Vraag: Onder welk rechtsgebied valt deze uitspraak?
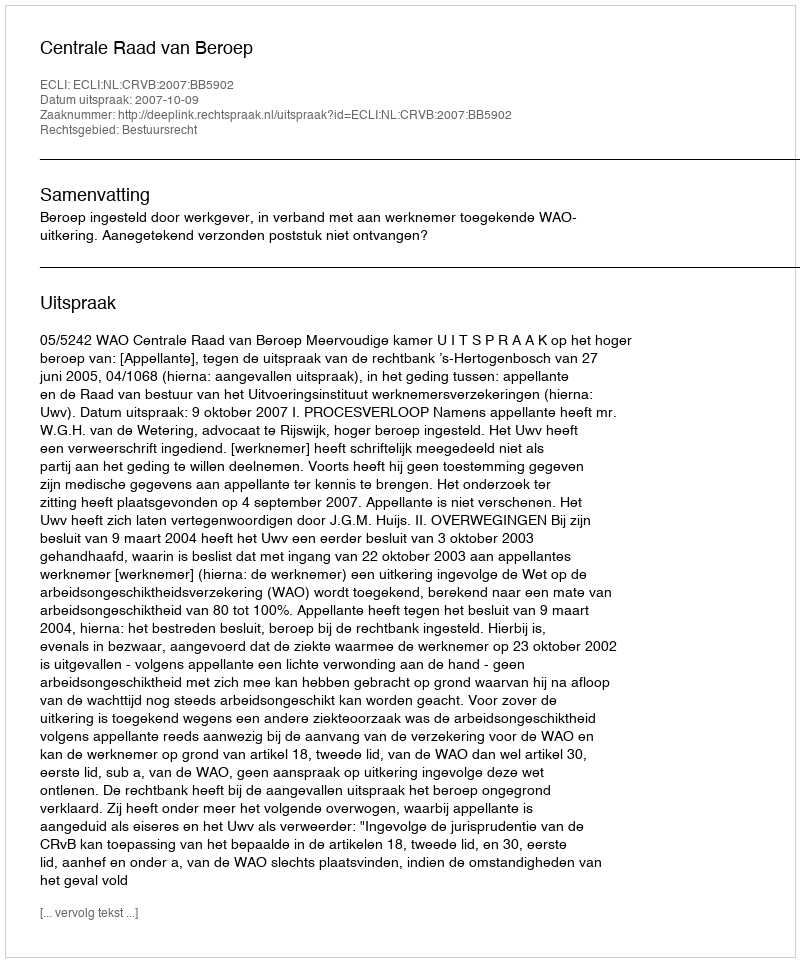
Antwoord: Bestuursrecht